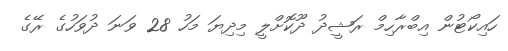
ހައިކޯޓުން އިބްރާހިމް ރަޝީދު ދޫކޮށްލީ މިދިޔަ މަހު 28 ވަނަ ދުވަހުގެ ރޭގެ